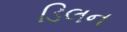
ડિલન